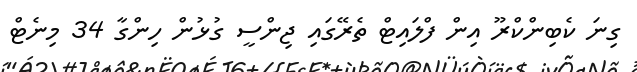
ގިނަ ކެބިންކްރޫ އިން ފްލައިޓް ތެރޭގައި ޖިންސީ ގުޅުން ހިންގާ 34 މިނެޓް